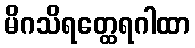
မိဂသိရတ္ထေရဂါထာ